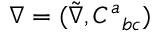
\nabla { } = ( \tilde { \nabla } , C ^ { a } { } _ { b c } )